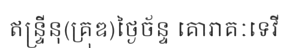
ឥន្ទ្រីនុ(គ្រុឌ)ថ្ងៃច័ន្ទ គោរាគៈទេវី